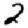
Digit: 2